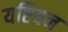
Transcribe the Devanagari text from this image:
यष्टिवन